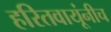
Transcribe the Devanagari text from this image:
हरितवायूंनीच